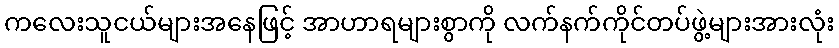
ကလေးသူငယ်များအနေဖြင့် အာဟာရများစွာကို လက်နက်ကိုင်တပ်ဖွဲ့များအားလုံး